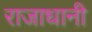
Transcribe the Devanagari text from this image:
राजाधानी